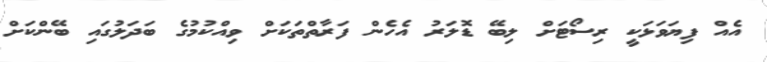
އެއް ފިޔަވަޅަކީ ރިސޯޓަށް ލިބޭ ޑޮލަރު އެހެން ފަރާތްތަކަށް ވިއްކުމުގެ ބަދަލުގައި ބޭންކަށް